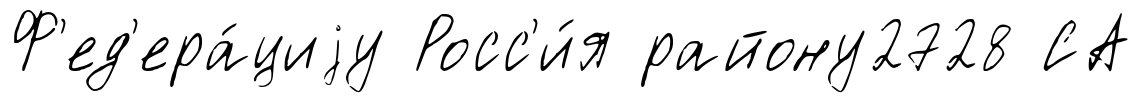
Ф'ед'ера́циjу Росс'и́я району2728 СА